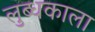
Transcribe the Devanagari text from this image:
लुब्धकाला